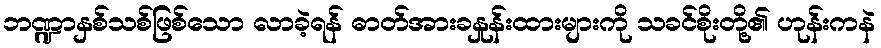
ဘဏ္ဍာနှစ်သစ်ဖြစ်သော လာခဲ့ရန် ဓာတ်အားခနှုန်းထားများကို သခင်စိုးတို့၏ ဟုန်းကနဲ